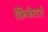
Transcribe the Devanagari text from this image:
रेफ्रिजेरटरों